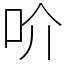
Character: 吤